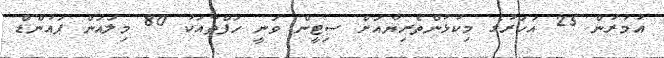
އުމުރުން 25 އަހަރުގެ މިކުޅުންތެރިޔާއަށް ސިޓީން ވަނީ ހަފްތާއަކު 80 މިލައަން ޕައުންޑް